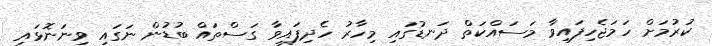
ކުރުމަށް ހަމަޖެހިފައިވާ މަސައްކަތް ދަނޑުގައި މިހާރު ހެދިފައިވާ ގަސްތައް ބުޑުން ނަގައި ވިނަނޮޅައި